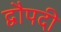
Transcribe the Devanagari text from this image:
द्वौपदी